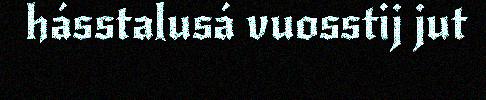
hásstalusá vuosstij jut